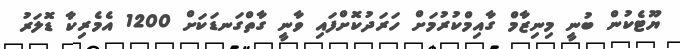
ޔޫޓެކުން ބުނީ މިނިޒާމް ގާއިމްކުރުމަށް ހަރަދުކޮށްފައި ވާނީ ގާތްގަނޑަކަށް 1200 އެމެރިކާ ޑޮލަރު